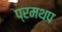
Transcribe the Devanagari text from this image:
प्रमथप